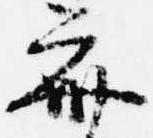
斎